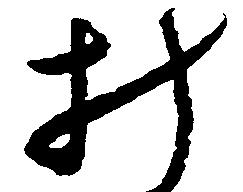
み